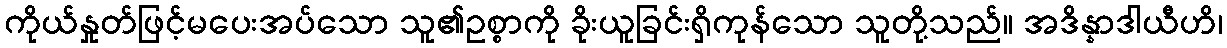
ကိုယ်နှုတ်ဖြင့်မပေးအပ်သော သူ၏ဥစ္စာကို ခိုးယူခြင်းရှိကုန်သော သူတို့သည်။ အဒိန္နာဒါယီဟိ၊